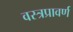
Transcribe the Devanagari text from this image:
वस्त्रप्रावर्ण